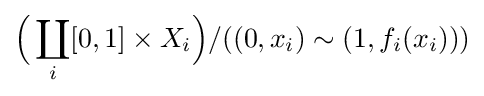
{\Bigl (}\coprod _{i}[0,1]\times X_{i}{\Bigr )}/((0,x_{i})\sim (1,f_{i}(x_{i})))